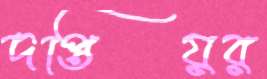
দপ্তিয়র